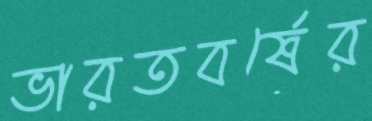
ভারতবর্ষের